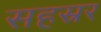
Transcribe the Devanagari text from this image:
सहस्रर